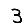
Digit: 3